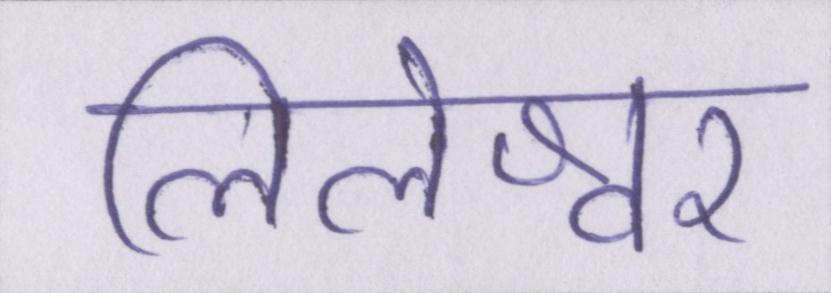
लिलेश्वर